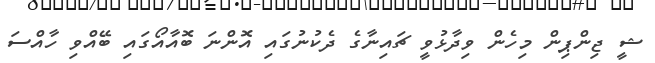
ޝީ ޖިންޕިން މިހެން ވިދާޅުވީ ޗައިނާގެ ދެކުނުގައި އޮންނަ ބޮއާއޯގައި ބޭއްވި ހާއްސަ